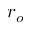
r _ { o }